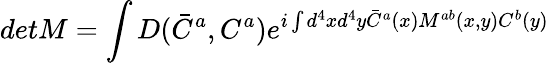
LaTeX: detM=\int D(\bar{C}^{a},C^{a})e^{i\int d^{4}xd^{4}y\bar{C}^{a}(x)M^{ab}(x,y)C^{b}(y)}